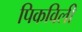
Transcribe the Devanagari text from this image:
पिकविली